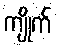
ကျိုက်